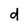
Character: d